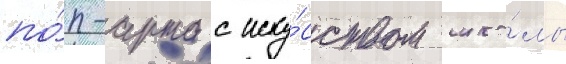
по́п-арта с иску́сством шко́лы